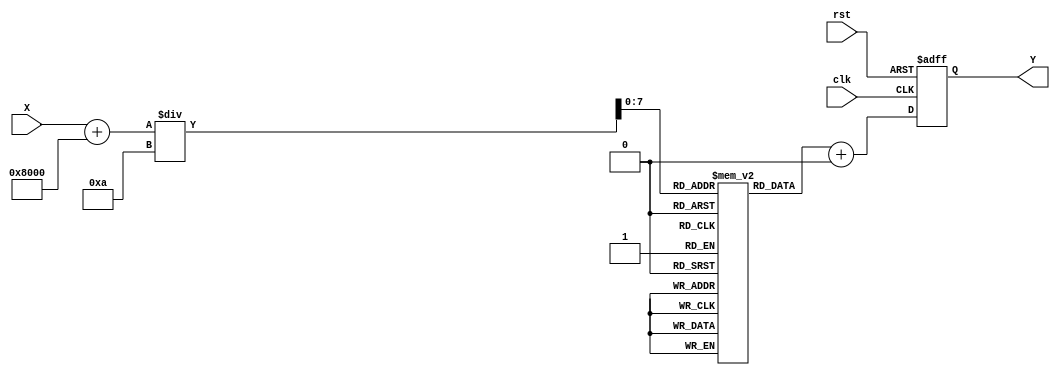
module asin_block (
    input wire [15:0] X,      // Input value (fixed-point representation, 16 bits)
    output reg [15:0] Y,      // Output value (fixed-point representation, 16 bits)
    input wire clk,           // Clock signal
    input wire rst            // Reset signal
);

    // Parameters
    parameter LUT_SIZE = 201; // Number of entries in the LUT (for -1 to 1 with 0.01 step)
    parameter LUT_WIDTH = 16;  // Width of LUT entries (fixed-point representation)
    
    // LUT for asin values (pre-calculated)
    reg [LUT_WIDTH-1:0] lut [0:LUT_SIZE-1];

    // Initialize LUT with pre-calculated asin values
    initial begin
        // Populate the LUT with asin values (in radians)
        // This is a simplified example; in practice, you would pre-calculate these values
        // and load them into the LUT. Here we just show a few values for illustration.
        lut[0]  = 16'h8000; // asin(-1) = -/2
        lut[1]  = 16'hC000; // asin(-0.99)
        lut[2]  = 16'hBFFF; // asin(-0.98)
        // ... (populate all values)
        lut[200] = 16'h4000; // asin(1) = /2
    end

    // Internal signals for interpolation
    reg [7:0] index;         // LUT index
    reg [LUT_WIDTH-1:0] y0;  // Lower LUT value
    reg [LUT_WIDTH-1:0] y1;  // Upper LUT value
    reg [15:0] x0;           // Lower input value
    reg [15:0] x1;           // Upper input value
    reg [15:0] delta;        // Difference between x1 and x0
    reg [15:0] weight;       // Weight for interpolation

    // State machine for processing
    always @(posedge clk or posedge rst) begin
        if (rst) begin
            Y <= 16'h0000; // Reset output
        end else begin
            // Scale input to LUT index (assuming X is in fixed-point format)
            index = (X + 16'h8000) / 16'h0A; // Scale from [-1, 1] to [0, 200]

            // Get the lower and upper LUT values
            y0 = lut[index];
            y1 = lut[index + 1];

            // Get the corresponding x values
            x0 = index * 16'h0A - 16'h8000; // Lower x value
            x1 = (index + 1) * 16'h0A - 16'h8000; // Upper x value

            // Calculate delta and weight for interpolation
            delta = x1 - x0;
            weight = (X - x0) * 16'hFFFF / delta; // Weight for interpolation

            // Perform linear interpolation
            Y <= y0 + ((y1 - y0) * weight >> 16); // Interpolated value
        end
    end

endmodule